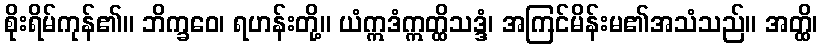
စိုးရိမ်ကုန်၏။ ဘိက္ခဝေ၊ ရဟန်းတို့။ ယံဣဒံဣတ္ထိသဒ္ဒံ၊ အကြင်မိန်းမ၏အသံသည်။ အတ္ထိ၊